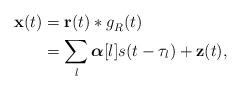
LaTeX: \begin{align*}\mathbf{x}(t)&=\mathbf{r}(t) * g_R^{}(t)\\&=\sum_l\boldsymbol{\alpha}[l]s(t-\tau_l) + \mathbf{z}(t),\end{align*}